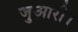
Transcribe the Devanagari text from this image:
जुआरी।